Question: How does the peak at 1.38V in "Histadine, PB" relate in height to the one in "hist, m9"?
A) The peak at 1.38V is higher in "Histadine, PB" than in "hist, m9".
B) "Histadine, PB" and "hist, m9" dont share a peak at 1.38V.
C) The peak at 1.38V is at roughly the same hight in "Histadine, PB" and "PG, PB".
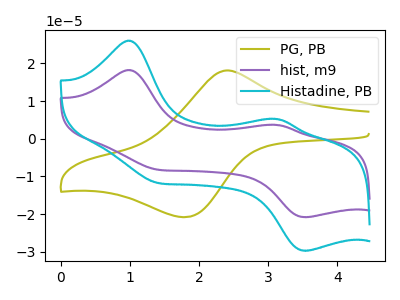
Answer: <think>The olive curve "PG, PB" has an anodic peak at (2.40V, 18.10uA) and a cathodic peak at (1.80V, -20.80uA). The purple curve "hist, m9" has anodic peaks at (1.00V, 18.20uA) (3.15V, 3.65uA) and cathodic peaks at (1.40V, -8.15uA) (3.55V, -20.80uA). The cyan curve "Histadine, PB" has anodic peaks at (1.00V, 26.00uA) (3.15V, 5.25uA) and cathodic peaks at (1.40V, -11.65uA) (3.55V, -29.75uA).</think>
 <answer>A) The peak at 1.38V is higher in "Histadine, PB" than in "hist, m9".</answer>
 <eval>A</eval>